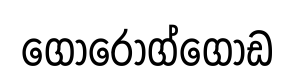
ගොරොග්ගොඩ